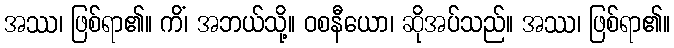
အဿ၊ ဖြစ်ရာ၏။ ကိံ၊ အဘယ်သို့။ ဝစနီယော၊ ဆိုအပ်သည်။ အဿ၊ ဖြစ်ရာ၏။